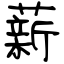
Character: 薪